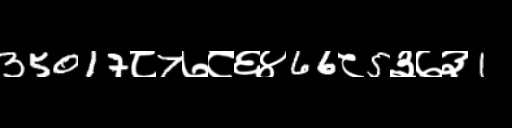
Text: 35017८7७८६४66८5३७३1